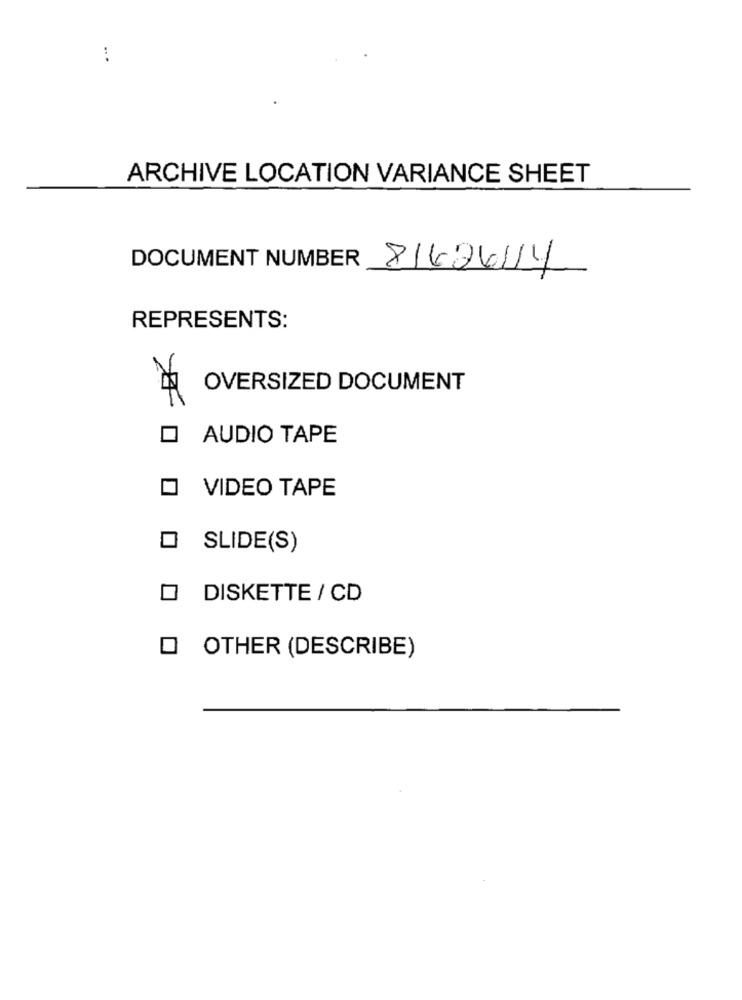
...
ARCHIVE LOCATION VARIANCE SHEET
DOCUMENT NUMBER 81626114
REPRESENTS:
OVERSIZED DOCUMENT
O AUDIO TAPE
VIDEO TAPE
SLIDE(S)
O DISKETTE / CD
OTHER (DESCRIBE)